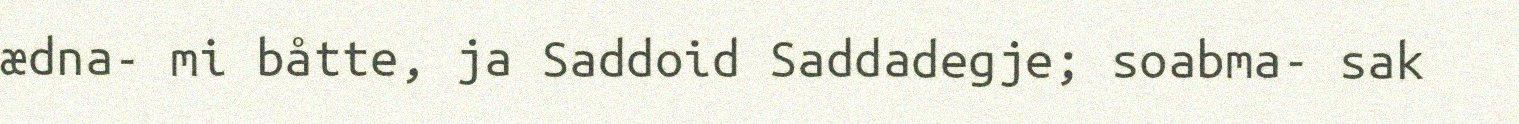
ædna- mi båtte, ja Saddoid Saddadegje; soabma- sak